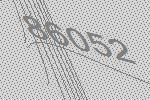
86052